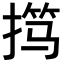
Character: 𫽢